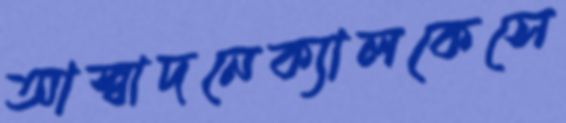
আস্বাদনেক্যালকেসে